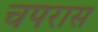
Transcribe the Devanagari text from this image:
चपरास